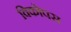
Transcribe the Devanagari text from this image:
विकोपस